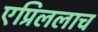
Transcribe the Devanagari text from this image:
एप्रिललाच